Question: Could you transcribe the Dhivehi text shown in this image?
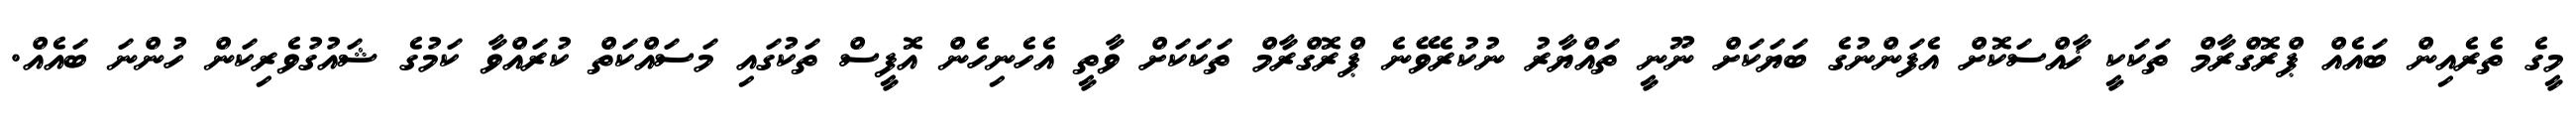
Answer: މީގެ ތެރެއިން ބައެއް ޕްރޮގްރާމް ތަކަކީ ޚާއްސަކޮށް އެފަންނުގެ ބަޔަކަށް ނޫނީ ތައްޔާރު ނުކުރެވޭނެ ޕްރޮގްރާމް ތަކަކަށް ވާތީ އެހެނިހެން އޮފީސް ތަކުގައި މަސައްކަތް ކުރައްވާ ކަމުގެ ޝައުގުވެރިކަން ހުންނަ ބައެއް.